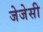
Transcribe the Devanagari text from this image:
जेजेसी